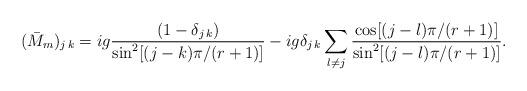
LaTeX: \begin{align*}(\bar{M}_m)_{j\,k}=ig{(1-\delta_{j\,k})\over{\sin^2[(j-k)\pi/(r+1)]}}-ig\delta_{j\,k}\sum_{l\ne j}{\cos[(j-l)\pi/(r+1)]\over{\sin^2[(j-l)\pi/(r+1)]}}.\end{align*}